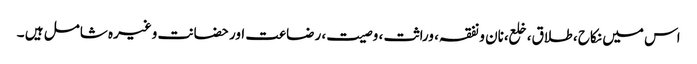
اس میں نکاح ، طلاق، خلع،نان و نفقہ، وراثت ، وصیت، رضاعت اور حضانت وغیرہ شامل ہیں ۔